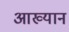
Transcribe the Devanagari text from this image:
आख्‍यान